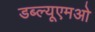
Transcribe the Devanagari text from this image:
डब्ल्यूएमओ